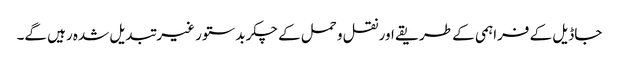
جاڈیل کے فراہمی کے طریقے اور نقل و حمل کے چکر بدستور غیر تبدیل شدہ رہیں گے۔